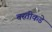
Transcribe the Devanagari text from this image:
वस्तीकडे